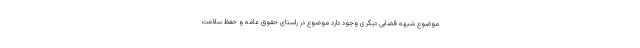
موضوع شبهه قضایی دیگری وجود دارد موضوع در راستای حقوق عامه و حفظ سلامت